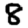
Digit: 8